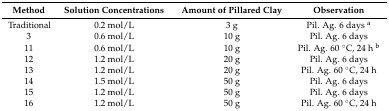
<table><thead><tr><td><b>Method</b></td><td><b>Solution Concentrations</b></td><td><b>Amount of Pillared Clay</b></td><td><b>Observation</b></td></tr></thead><tbody><tr><td>Traditional</td><td>0.2 mol/L</td><td>3 g</td><td>Pil. Ag. 6 days <sup>a</sup></td></tr><tr><td>3</td><td>0.6 mol/L</td><td>10 g</td><td>Pil. Ag. 6 days</td></tr><tr><td>11</td><td>0.6 mol/L</td><td>10 g</td><td>Pil. Ag. 60 °C, 24 h <sup>b</sup></td></tr><tr><td>12</td><td>1.2 mol/L</td><td>20 g</td><td>Pil. Ag. 6 days</td></tr><tr><td>13</td><td>1.2 mol/L</td><td>20 g</td><td>Pil. Ag. 60 °C, 24 h</td></tr><tr><td>14</td><td>1.5 mol/L</td><td>50 g</td><td>Pil. Ag. 6 days</td></tr><tr><td>15</td><td>1.2 mol/L</td><td>50 g</td><td>Pil. Ag. 6 days</td></tr><tr><td>16</td><td>1.2 mol/L</td><td>50 g</td><td>Pil. Ag. 60 °C, 24 h</td></tr></tbody></table>